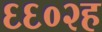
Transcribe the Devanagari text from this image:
६६०२ह